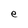
Character: e